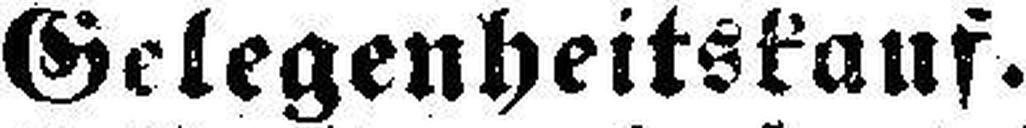
Gelegenheitskauf.